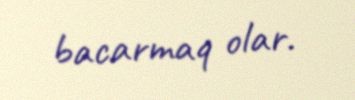
bacarmaq olar.